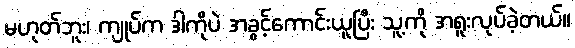
မဟုတ်ဘူး၊ ကျုပ်က ဒါကိုပဲ အခွင့်ကောင်းယူပြီး သူ့ကို အရူးလုပ်ခဲ့တယ်။